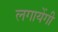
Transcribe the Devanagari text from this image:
लगायेंगी